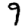
Digit: 9